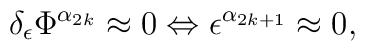
\delta _\epsilon \Phi ^{\alpha _{2k}}\approx 0\Leftrightarrow\epsilon ^{\alpha _{2k+1}}\approx 0,